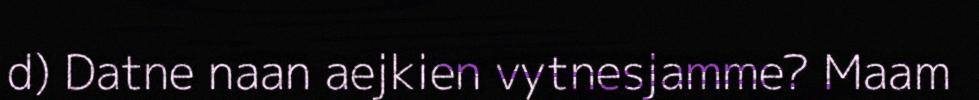
d) Datne naan aejkien vytnesjamme? Maam